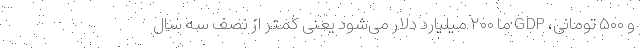
و ۵۰۰ تومانی، GDP ما ۲۰۰ میلیارد دلار می‌شود یعنی کمتر از نصف سه سال